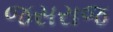
જસરાજ